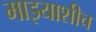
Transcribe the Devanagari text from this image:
माझ्याशीच